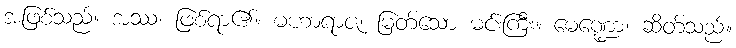
အဖြစ်သည်။ အဿ၊ ဖြစ်ရာ၏။ မဟာရာဇ၊ မြတ်သော မင်းကြီး။ မေဏ္ဍော၊ ဆိတ်သည်။